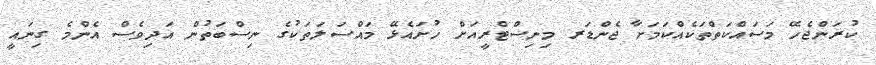
ކުރަންޖެހޭ މަސައްކަތްތަކެއްކަމަށާ ޖެންޑަރ މިނިސްޓްރީއަށް ހުށައެޅޭ މައްސަލަތަކުގެ ނިސްބަތުން އަދިވެސް އެންމެ ގިނައީ